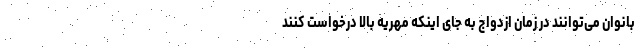
بانوان می‌توانند در زمان ازدواج به جای اینکه مهریه بالا درخواست کنند